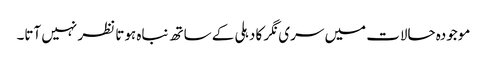
موجودہ حالات میں سری نگر کا دہلی کے ساتھ نباہ ہوتا نظر نہیں آتا۔